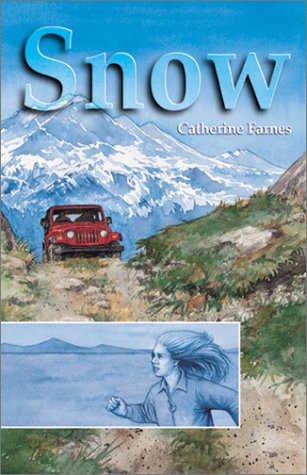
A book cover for Snow; Catherine Farnes; Health, Fitness & Dieting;